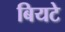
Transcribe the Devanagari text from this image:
बियटे